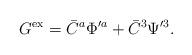
LaTeX: \begin{align*}G^{\rm ex} = \bar{C}^a \Phi'^a + \bar{C}^3 \Psi'^3 .\end{align*}